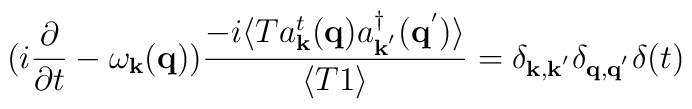
(i\frac{\partial}{\partial t} - \omega_{ {\bf{k}} }({\bf{q}}))\frac{ -i\langle T a^{t}_{ {\bf{k}} }({\bf{q}})a^{\dagger}_{ {\bf{k}}^{'} }({\bf{q}}^{'}) \rangle }{\langle T 1 \rangle} = \delta_{ {\bf{k}}, {\bf{k}}^{'} }\delta_{ {\bf{q}}, {\bf{q}}^{'} }\delta(t)